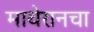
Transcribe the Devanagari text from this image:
माथेरानचा